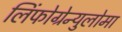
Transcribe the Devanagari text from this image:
लिंफोग्रेन्युलोमा